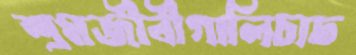
শ্রমজীবীগালিচাঢ